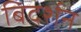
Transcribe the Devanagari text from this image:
बिदर्शन